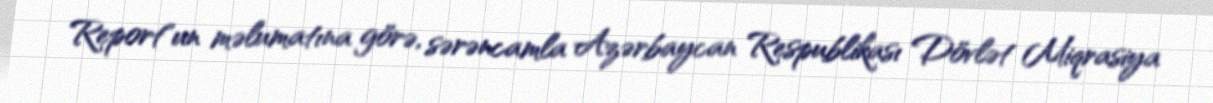
Report"un məlumatına görə, sərəncamla Azərbaycan Respublikası Dövlət Miqrasiya